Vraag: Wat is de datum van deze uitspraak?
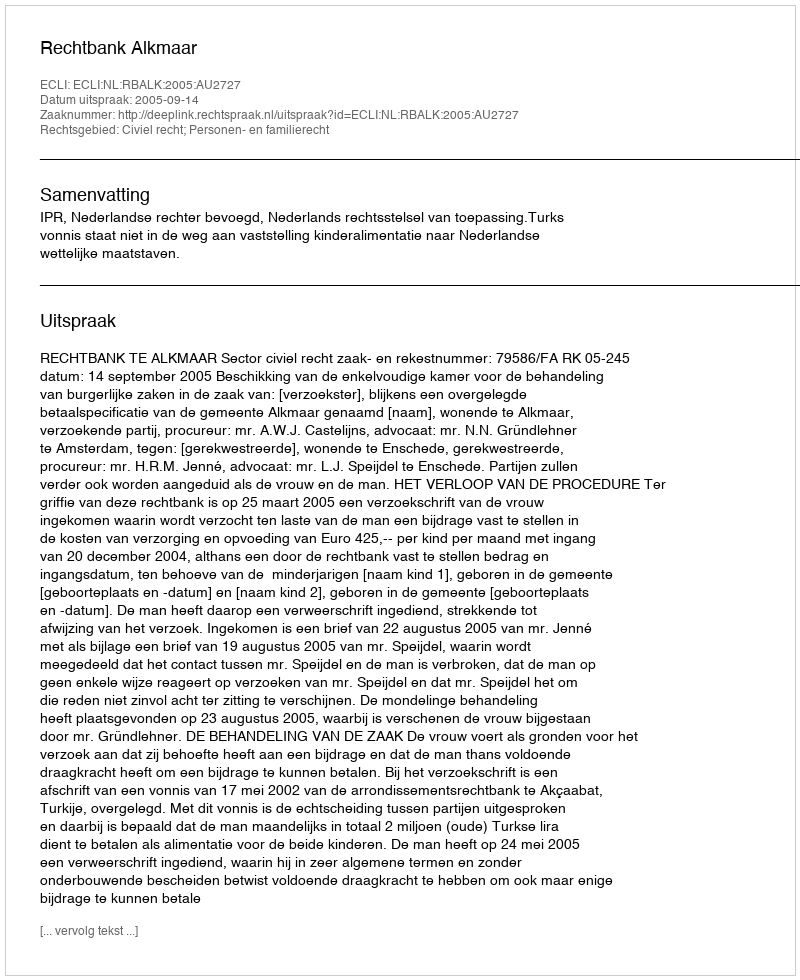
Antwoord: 2005-09-14